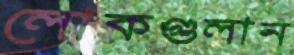
লোকগুলান